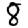
Digit: 8